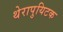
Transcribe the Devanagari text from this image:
थेरापुयिटक